65_HS1-834228961_62-HQ-83894_Serial_438
Agency: FBI
Page 23
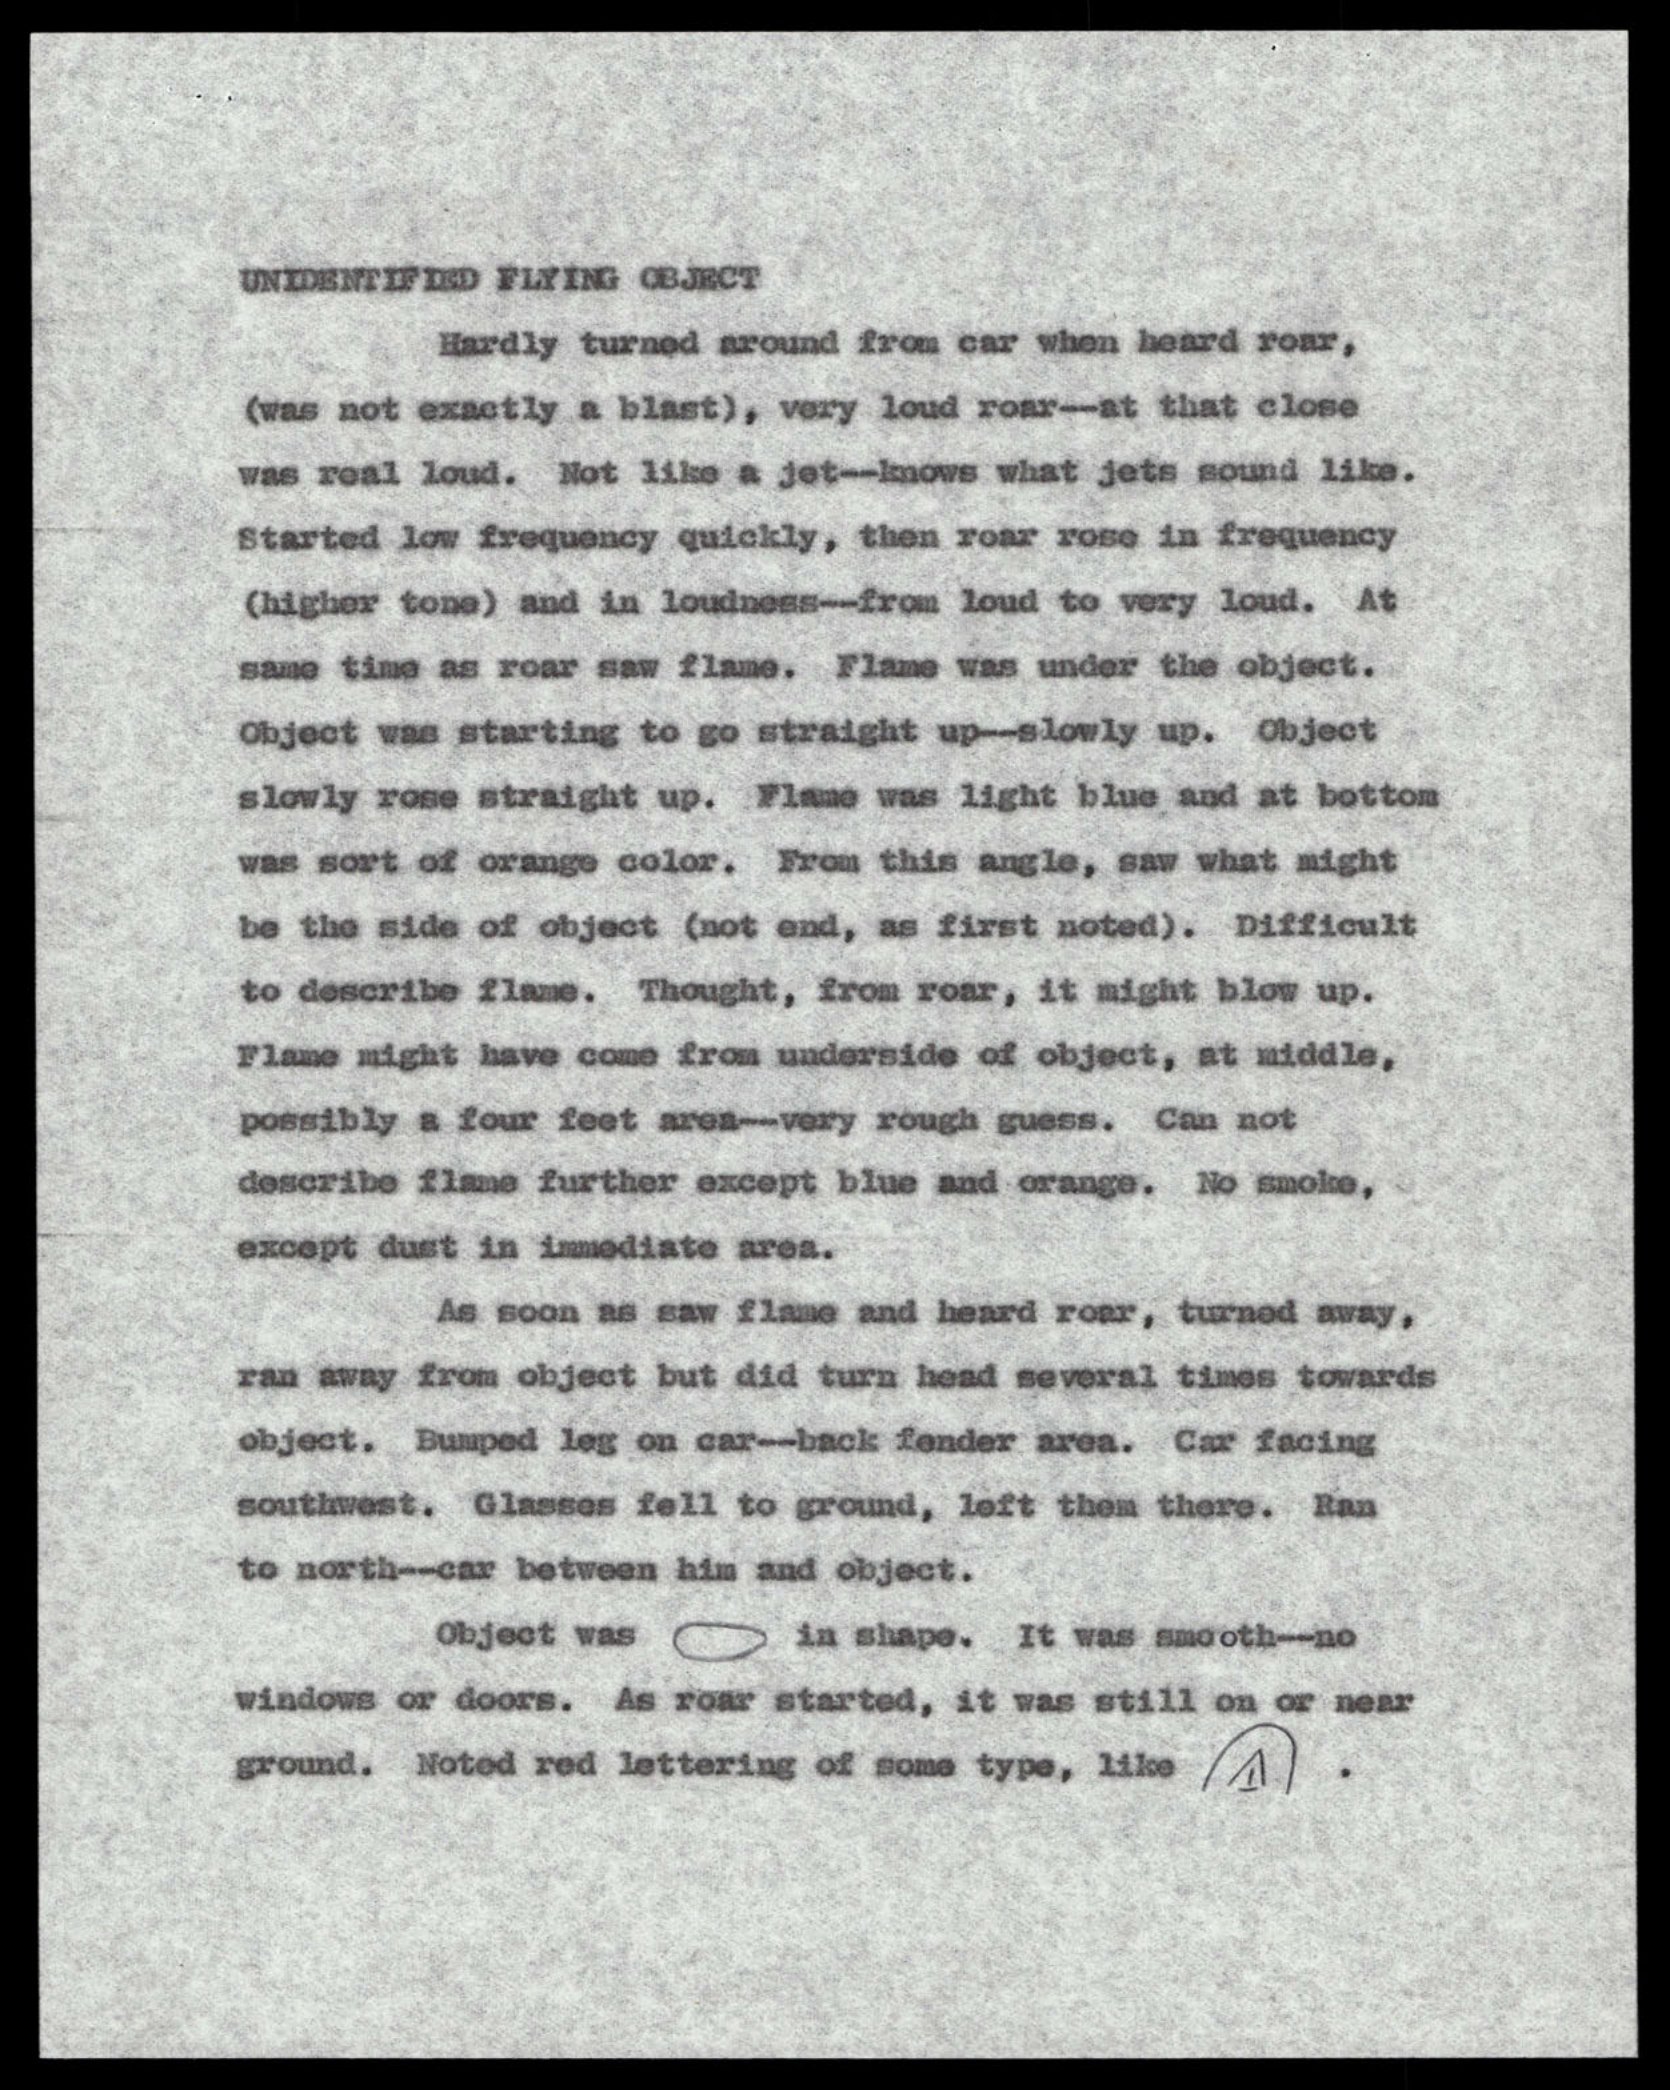